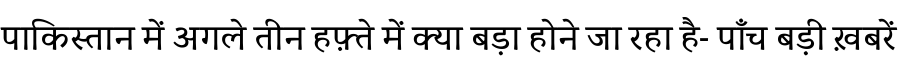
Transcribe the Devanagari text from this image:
पाकिस्तान में अगले तीन हफ़्ते में क्या बड़ा होने जा रहा है- पाँच बड़ी ख़बरें